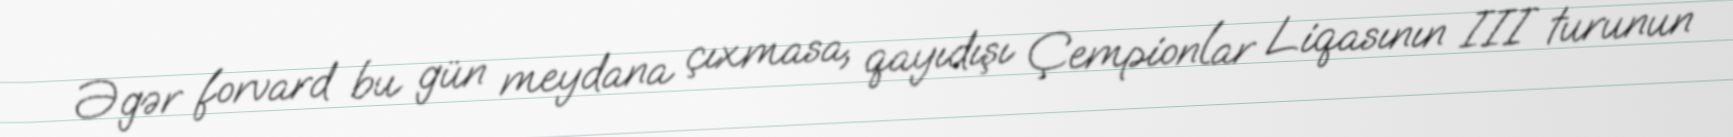
Əgər forvard bu gün meydana çıxmasa, qayıdışı Çempionlar Liqasının III turunun